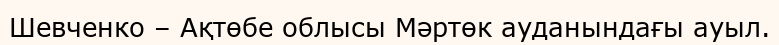
Шевченко – Ақтөбе облысы Мәртөк ауданындағы ауыл.